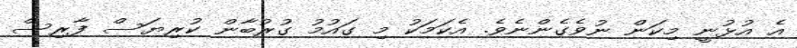
އެ އުޅުނީ މިކަން ނުވެގެންނެވެ. އެކަމަކު މި ގައުމު ގުރުބާން ކުރިޔަސް ފާރިސް